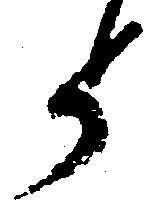
と